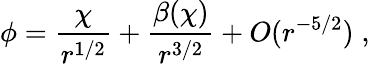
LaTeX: \phi=\frac{\chi}{r^{1/2}}+\frac{\beta(\chi)}{r^{3/2}}+O(r^{-5/2})\; ,